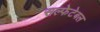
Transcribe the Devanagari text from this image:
सल्फेटेबल